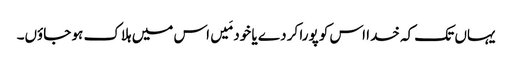
یہاں تک کہ خدا اس کو پورا کر دے یا خود مَیں اس میں ہلاک ہو جاؤں۔